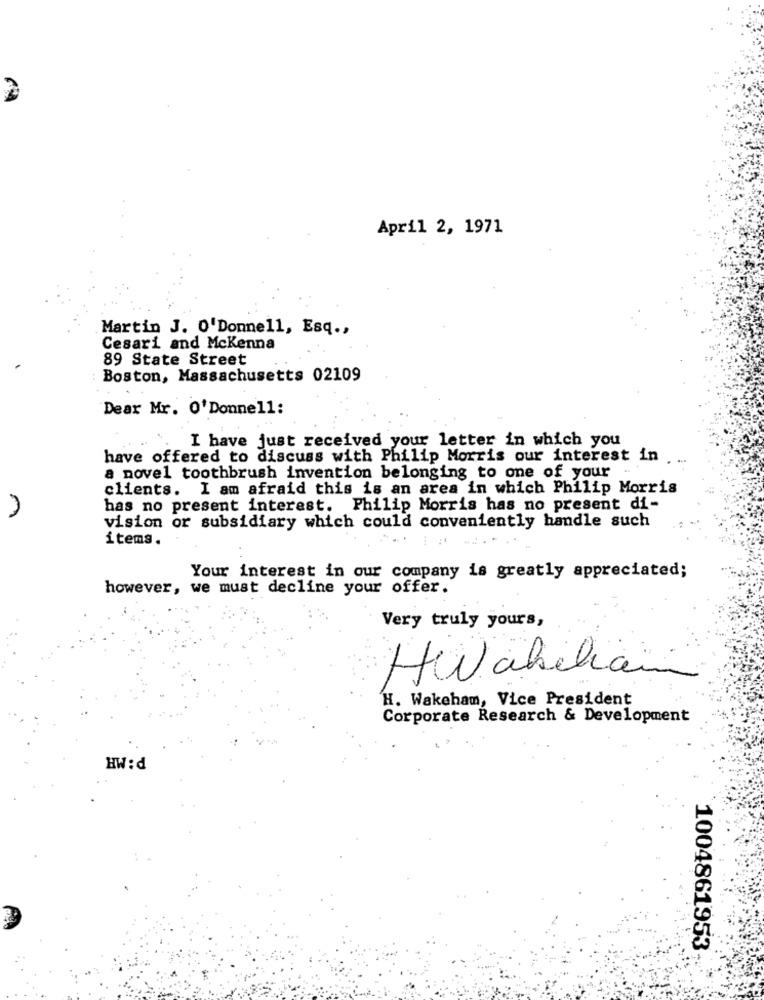
April 2, 1971
Martin J. O'Donnell, Esq .,
Cesari and Mckenna
89 State Street
Boston, Massachusetts 02109
Dear Mr. O'Donnell:
I have just received your letter in which you
have offered to discuss with Philip Morris our interest in
. ..
a novel toothbrush invention belonging to one of your
clients. I am afraid this is an area in which Philip Morris
n
has no present interest. Philip Morris has no present di-
vision or subsidiary which could conveniently handle such
items.
Your interest in our company is greatly appreciated;
however, we must decline your offer.
Very truly yours,
HWabelian
H. Wakeham, Vice President
Corporate Research & Development
HW : d
1004861953